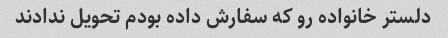
دلستر خانواده رو که سفارش داده بودم تحویل ندادند